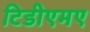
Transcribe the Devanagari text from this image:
टिडीएमए